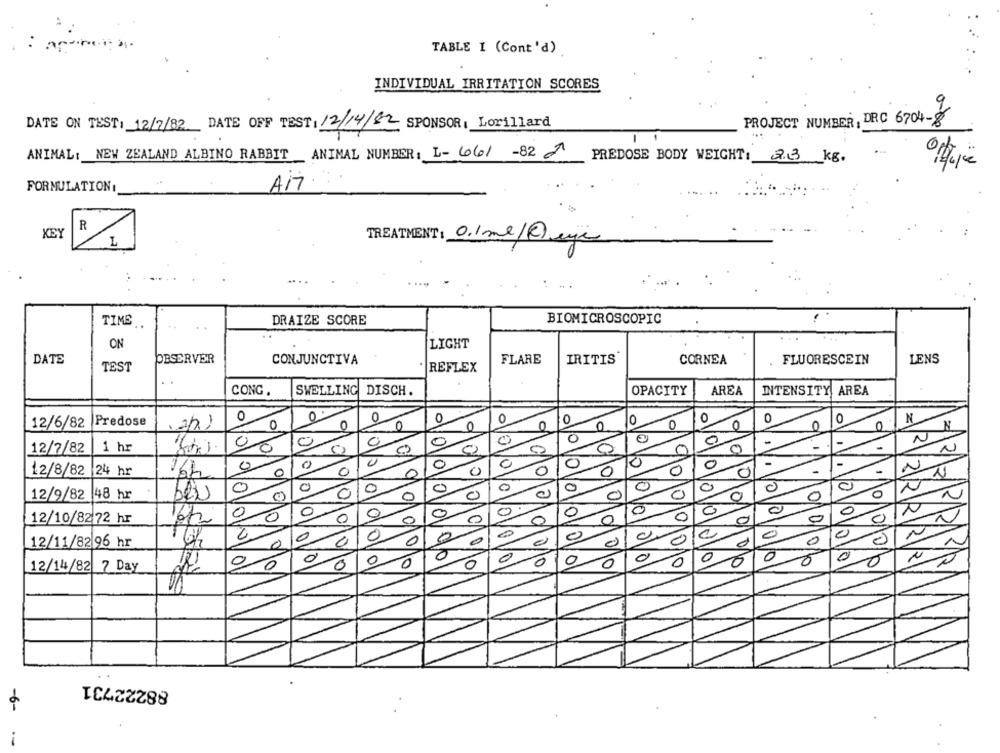
TABLE I (Cont 'd)
INDIVIDUAL IRRITATION SCORES
PROJECT NUMBER, DRC 6704-8
DATE ON TEST: 12/7/82 DATE OFF TEST: 12/14/82 SPONSOR | Lorillard
ANIMAL: NEW ZEALAND ALBINO RABBIT ANIMAL NUMBER: L- 661 -82 2
PREDOSE BODY WEIGHT: 2.3 kg.
FORMULATION:
AMT
R
KEY
L
TREATMENT: 0.1ml/Ceye
...
TIME
DRAIZE SCORE
BIOMICROSCOPIC
..
ON
LIGHT
DATE
OBSERVER
CONJUNCTIVA
FLARE
IRITIS
CORNEA
FLUORESCEIN
LENS
TEST
. REFLEX
CONG.
SWELLING DISCH.
OPACITY
AREA
INTENSITY AREA
-
0
0
0
0
0
0
0
0
N
12/6/82 Predose
O
0
0
0
0
N
CI
0
C
0
0
O
-
-
-
12/7/82
1 hr
N
0
0
C
0
12/8/82 24 hr
0
0
0
-
N
16h
0
C
0
0
C
0
0
0
12/9/82 48 hr
0
0
0
0
0
0
0
0
0
0
0
0
0
12/10/8272 hr
0
0
0
0
0
0
0
0
e
12/11/82 96 hr
0
0
0
0
00
0
0
0
0
5
0
0
10
10
12/14/82 7 Day
88222731
-6-